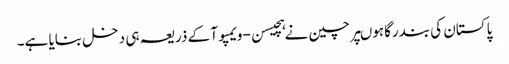
پاکستان کی بندرگاہوںپر چین نے ہچیسن-ویمپوآ کے ذریعہ ہی دخل بنایا ہے۔